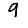
Digit: 9